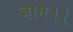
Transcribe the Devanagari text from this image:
जाम।।